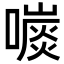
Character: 𡀕